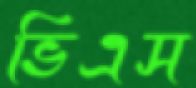
ভিএস